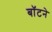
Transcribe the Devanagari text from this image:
बॉटने